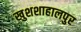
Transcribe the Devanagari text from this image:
खुशशाहालपुर